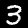
Digit: 3